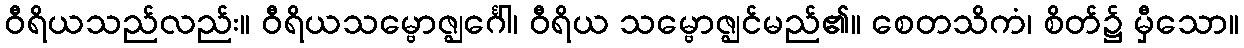
ဝီရိယသည်လည်း။ ဝီရိယသမ္ဗောဇ္ဈင်္ဂေါ၊ ဝီရိယ သမ္ဗောဇ္ဈင်မည်၏။ စေတသိကံ၊ စိတ်၌ မှီသော။